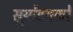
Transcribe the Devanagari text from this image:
सूर्योदयको